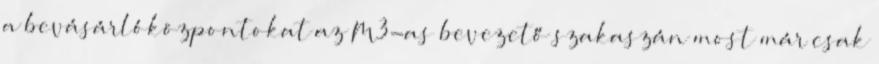
a bevásárlóközpontokat az M3-as bevezető szakaszán most már csak